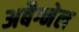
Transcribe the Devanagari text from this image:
अबैग्नेल